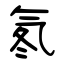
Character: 氡